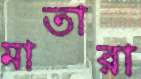
মাতারা